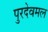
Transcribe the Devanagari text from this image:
पुरदेवमल